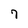
Character: 7